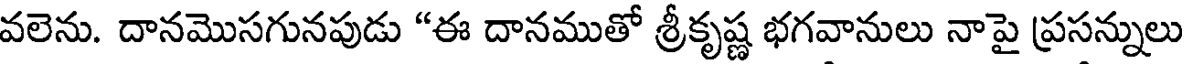
వలెను. దానమొసగునపుడు "ఈ దానముతో శ్రీకృష్ణ భగవానులు నాపై ప్రసన్నులు